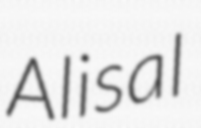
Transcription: Alisal